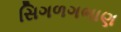
સિગળગભાણ